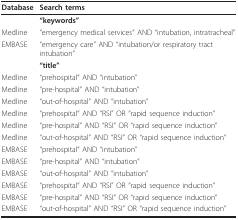
<table><thead><tr><td><b>Database</b></td><td><b>Search terms</b></td></tr></thead><tbody><tr><td></td><td><b>&quot;keywords&quot;</b></td></tr><tr><td>Medline</td><td>&quot;emergency medical services&quot; AND &quot;intubation, intratracheal&quot;</td></tr><tr><td>EMBASE</td><td>&quot;emergency care&quot; AND &quot;intubation/or respiratory tract intubation&quot;</td></tr><tr><td></td><td><b>&quot;title&quot;</b></td></tr><tr><td>Medline</td><td>&quot;prehospital&quot; AND &quot;intubation&quot;</td></tr><tr><td>Medline</td><td>&quot;pre-hospital&quot; AND &quot;intubation&quot;</td></tr><tr><td>Medline</td><td>&quot;out-of-hospital&quot; AND &quot;intubation&quot;</td></tr><tr><td>Medline</td><td>&quot;prehospital&quot; AND &quot;RSI&quot; OR &quot;rapid sequence induction&quot;</td></tr><tr><td>Medline</td><td>&quot;pre-hospital&quot; AND &quot;RSI&quot; OR &quot;rapid sequence induction&quot;</td></tr><tr><td>Medline</td><td>&quot;out-of-hospital&quot; AND &quot;RSI&quot; OR &quot;rapid sequence induction&quot;</td></tr><tr><td>EMBASE</td><td>&quot;prehospital&quot; AND &quot;intubation&quot;</td></tr><tr><td>EMBASE</td><td>&quot;pre-hospital&quot; AND &quot;intubation&quot;</td></tr><tr><td>EMBASE</td><td>&quot;out-of-hospital&quot; AND &quot;intubation&quot;</td></tr><tr><td>EMBASE</td><td>&quot;prehospital&quot; AND &quot;RSI&quot; OR &quot;rapid sequence induction&quot;</td></tr><tr><td>EMBASE</td><td>&quot;pre-hospital&quot; AND &quot;RSI&quot; OR &quot;rapid sequence induction&quot;</td></tr><tr><td>EMBASE</td><td>&quot;out-of-hospital&quot; AND &quot;RSI&quot; OR &quot;rapid sequence induction&quot;</td></tr></tbody></table>